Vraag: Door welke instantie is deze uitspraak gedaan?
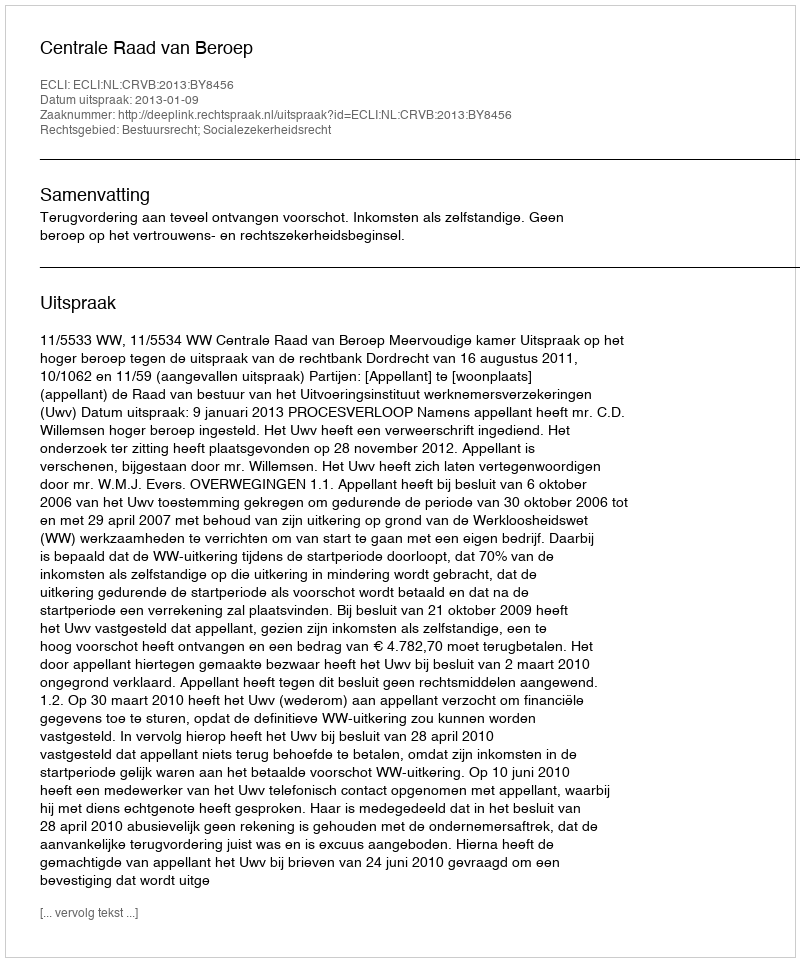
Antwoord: Centrale Raad van Beroep